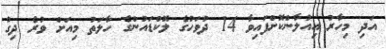
އަދި މިހާރު އިއުލާންކޮށްފައިވާ 14 ދުވަހުގެ ލޮކްޑައުންގެ ހާލަތު މިއަށް ވުރެ ދިގު